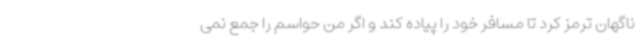
ناگهان ترمز کرد تا مسافر خود را پیاده کند و اگر من حواسم را جمع نمی